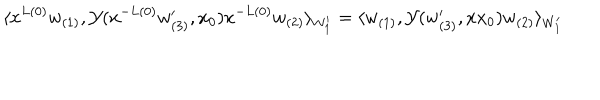
LaTeX: \langle x ^ { L ( 0 ) } w _ { ( 1 ) } , { \cal Y } ( x ^ { - L ( 0 ) } w _ { ( 3 ) } ^ { \prime } , x _ { 0 } ) x ^ { - L ( 0 ) } w _ { ( 2 ) } \rangle _ { W _ { 1 } ^ { \prime } } = \langle w _ { ( 1 ) } , { \cal Y } ( w _ { ( 3 ) } ^ { \prime } , x x _ { 0 } ) w _ { ( 2 ) } \rangle _ { W _ { 1 } ^ { \prime } }